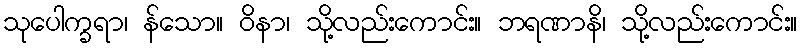
သုပေါက္ခရာ၊ န်သော။ ဝိနာ၊ သို့လည်းကောင်း။ ဘရဏာနိ၊ သို့လည်းကောင်း။